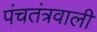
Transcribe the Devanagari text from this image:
पंचतंत्रवाली